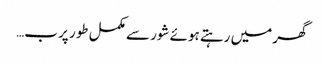
گھر میں رہتے ہوئے شور سے مکمل طور پر ب…